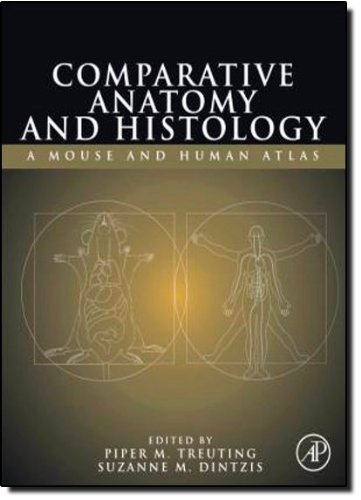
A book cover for Comparative Anatomy and Histology: A Mouse and Human Atlas (Expert Consult); Medical Books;